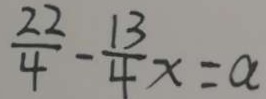
\frac { 2 2 } { 4 } - \frac { 1 3 } { 4 } x = a